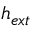
h _ { e x t }